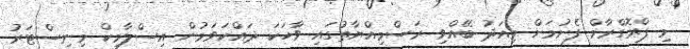
މި ޕްރޮގްރާމް ފެށުމަށް މިއަދު ބޭއްވި ރަސްމިއްޔާތުގައި ވާހަކަ ދައްކަވަމުން އިސްލާމިކް މިނިސްޓަރު